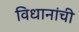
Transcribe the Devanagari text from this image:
विधानांची